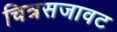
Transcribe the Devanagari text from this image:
चित्रसजावट